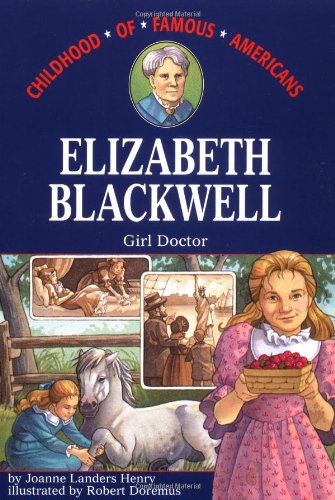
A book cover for Elizabeth Blackwell: Girl Doctor (Childhood of Famous Americans); Joanne Landers Henry; Children's Books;